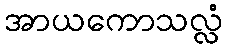
အာယကောသလ္လံ